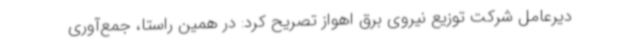
دیرعامل شرکت توزیع نیروی برق اهواز تصریح کرد: در همین راستا، جمع‌آوری